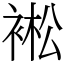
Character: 䘴